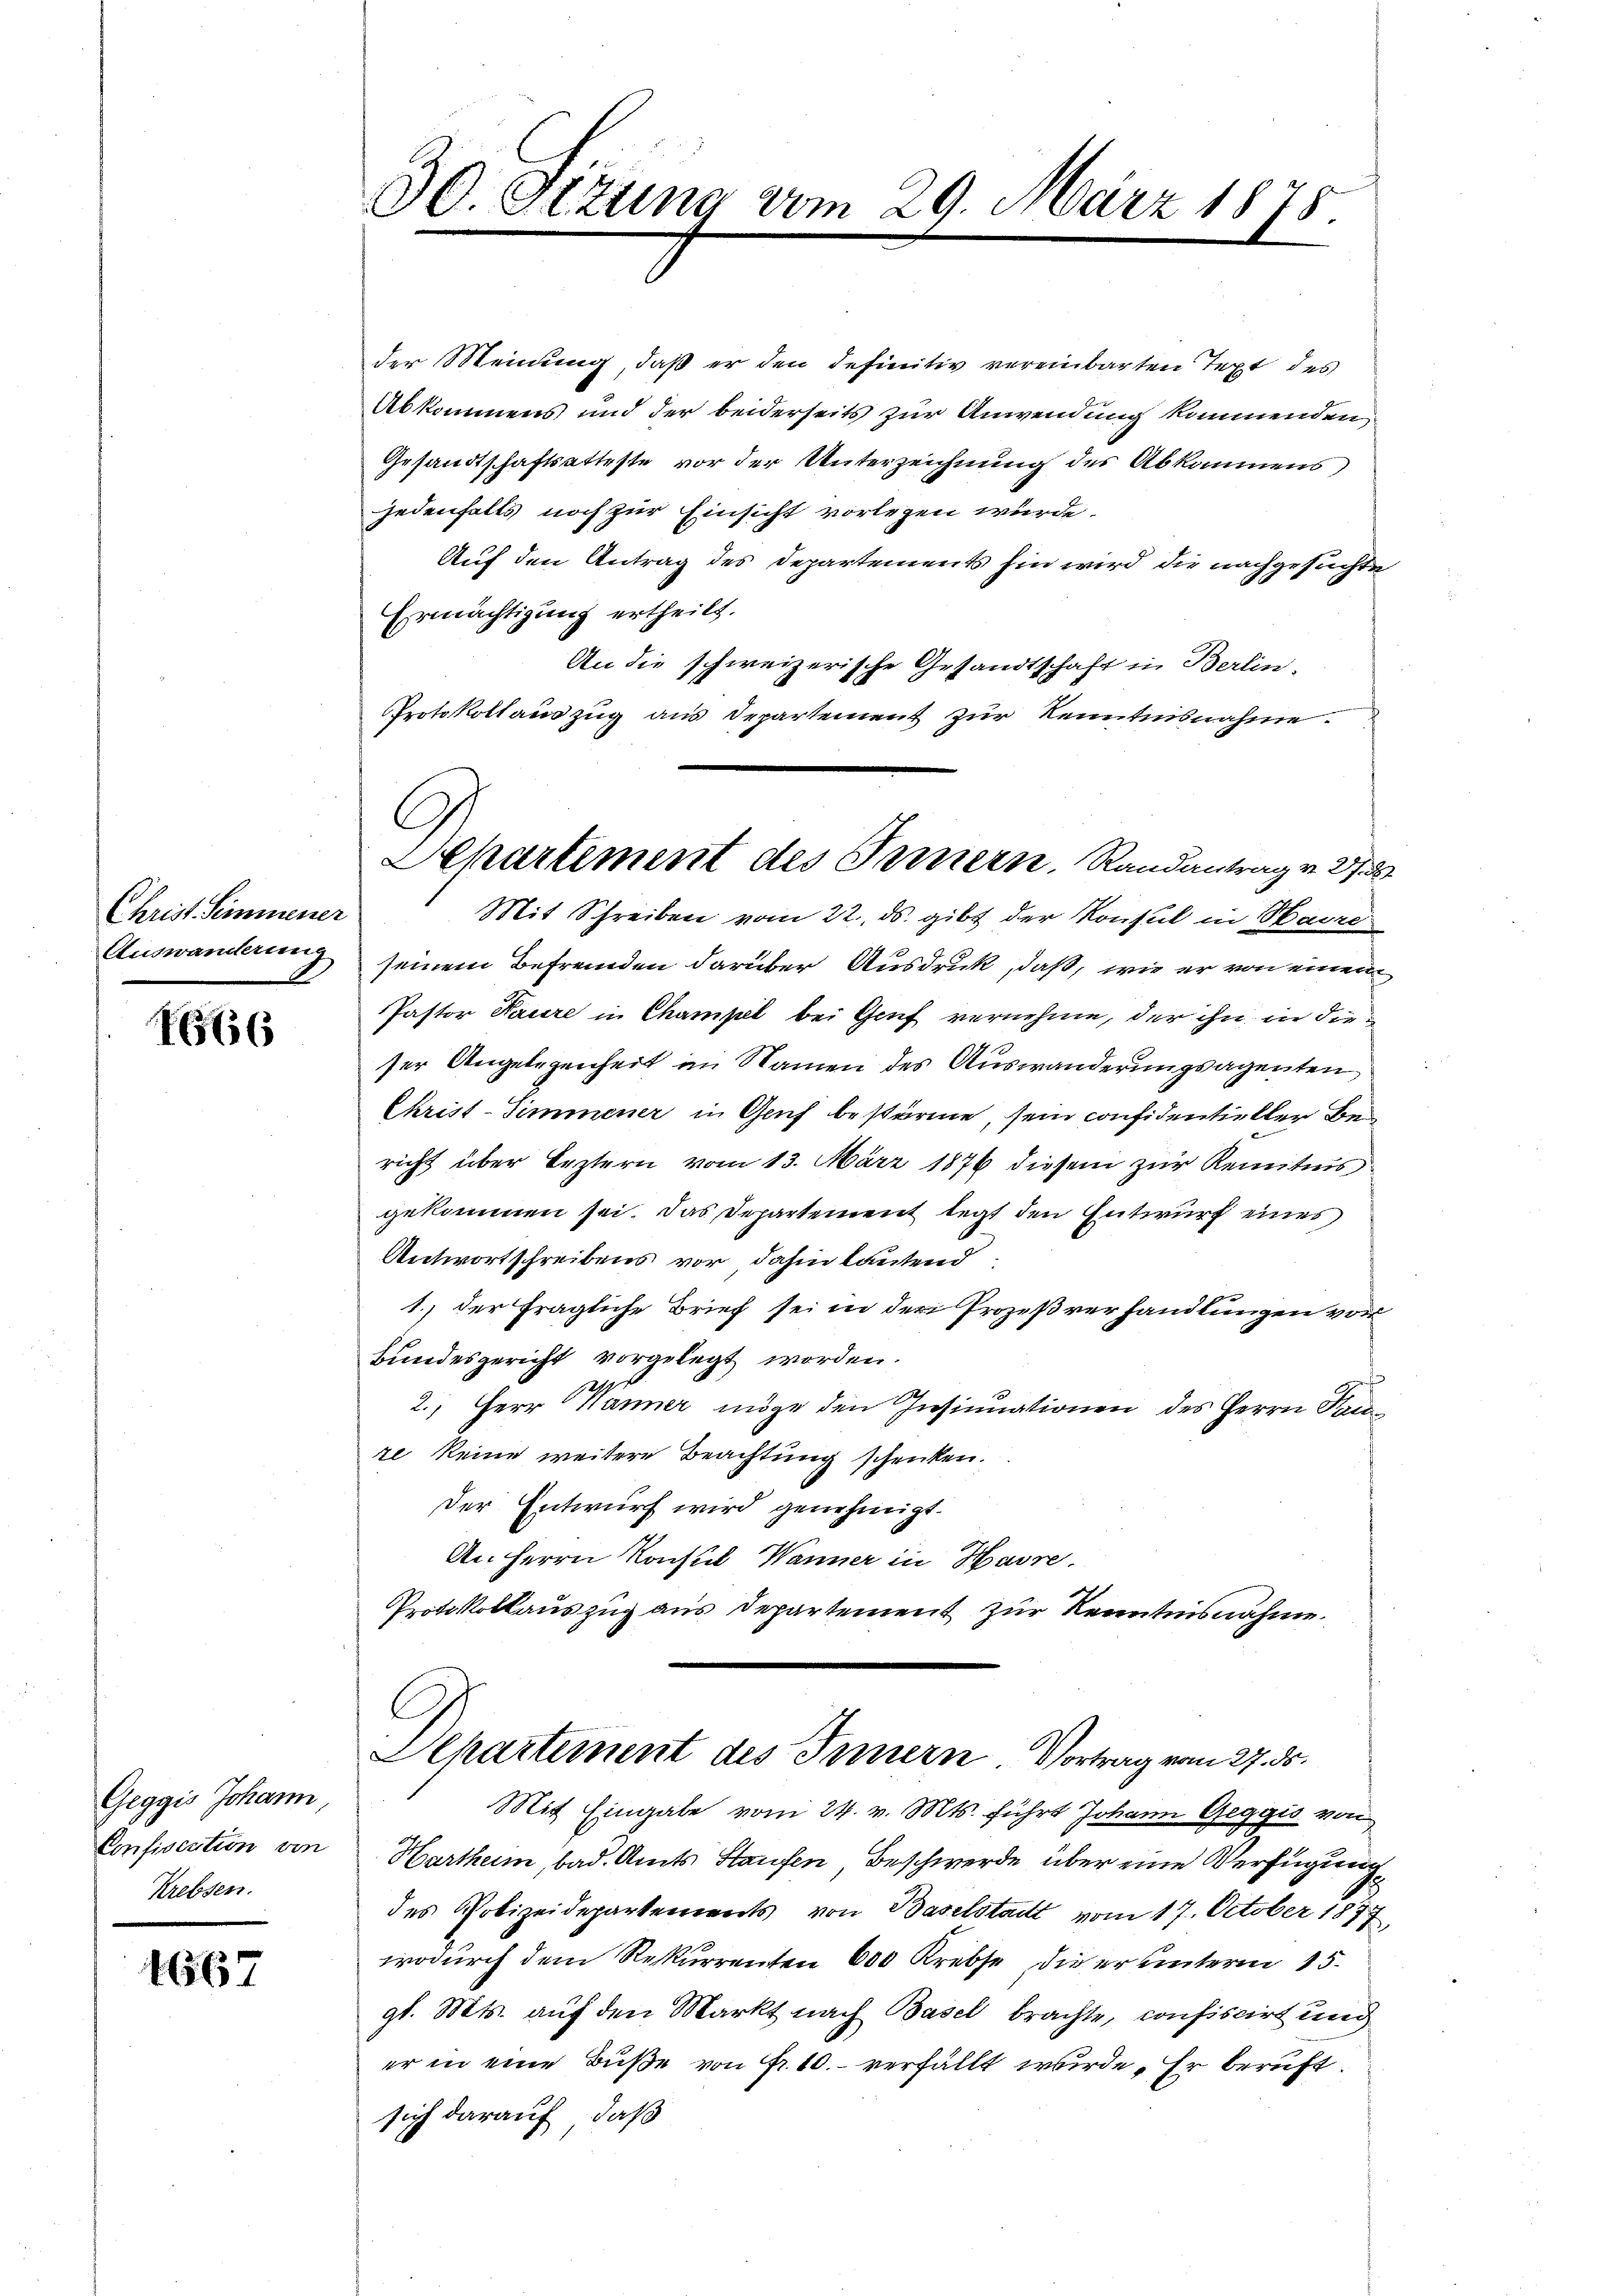
Christ. Semmener
Auswanderung

165656

Geggis Johann
Confisection von
Krebsen.

1667

30. Ottung vom 29. März 1878.

der Meinung, daß er den definitiv vereinbarten Text des
Abkommens und der beiderseits zur Anwendung kommenden,
Gesandtschaftsatteste vor der Unterzeichnung des Abkommens
jedenfalls noch zur Einsicht vorlegen würde.
Auf den Antrag des Departements hin wird die nachgesuchte
Ermächtigung ertheilt.
An die schweizerische Gesandtschaft in Berlin.
Protokollauszug aus Departement zur Kenntnisnahme.
Mit Schreiben vom 22. ds. gibt der Konsul in Havre
seinem Befremden darüber Ausdruck, daß, wie er von einen
Pastor Dauere in Champel bei Genf vernehme, der ihn in die
ser Angelegenheit im Namen des Auswanderungsagenten,
Christ-Simmener in Genf bestärme, sein considentieller Bericht über leztern vom 13. März 1876 diesem zur Kenntnis
gekommen sei. Das Departement legt den Entwurf eines
Antwortschreibens vor, dahin lautend
1.) der fragliche Brief sei in der Prozeßverhandlungen von
Bundesgericht vorgelegt worden.
2.) Herr Wänner möge den Insinuationen des Herrn Hau
re keine weitere Beachtung schenken.
Der Entwurf wird genehmigt.
An Herrn Konsul Wanner in Havre.
Protokollauszug aus Departement zur Kenntnisnahme.

Lehartement des Innern. Randantrag v. 27. 8.

Aepartement des Innern Vortrag vom 27. ds.

Mit Eingabe vom 24. v. Mts. führt Johann Geggis von
Hartheim, bad. Amts Staufen Beschwerde über eine Verfügung
des Polizeidepartements von Baselstadt vom 17. October 1877,
wodurch dem Rekurrenten 600 Krebse, die er unterm 15.
gl. Mts. auf den Markt nach Basel brachte, confiscirt und
er in eine Buße von Fr. 10. verfällt wurde. Er beruft.
sich darauf, daß